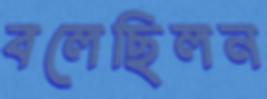
বলেছিলন